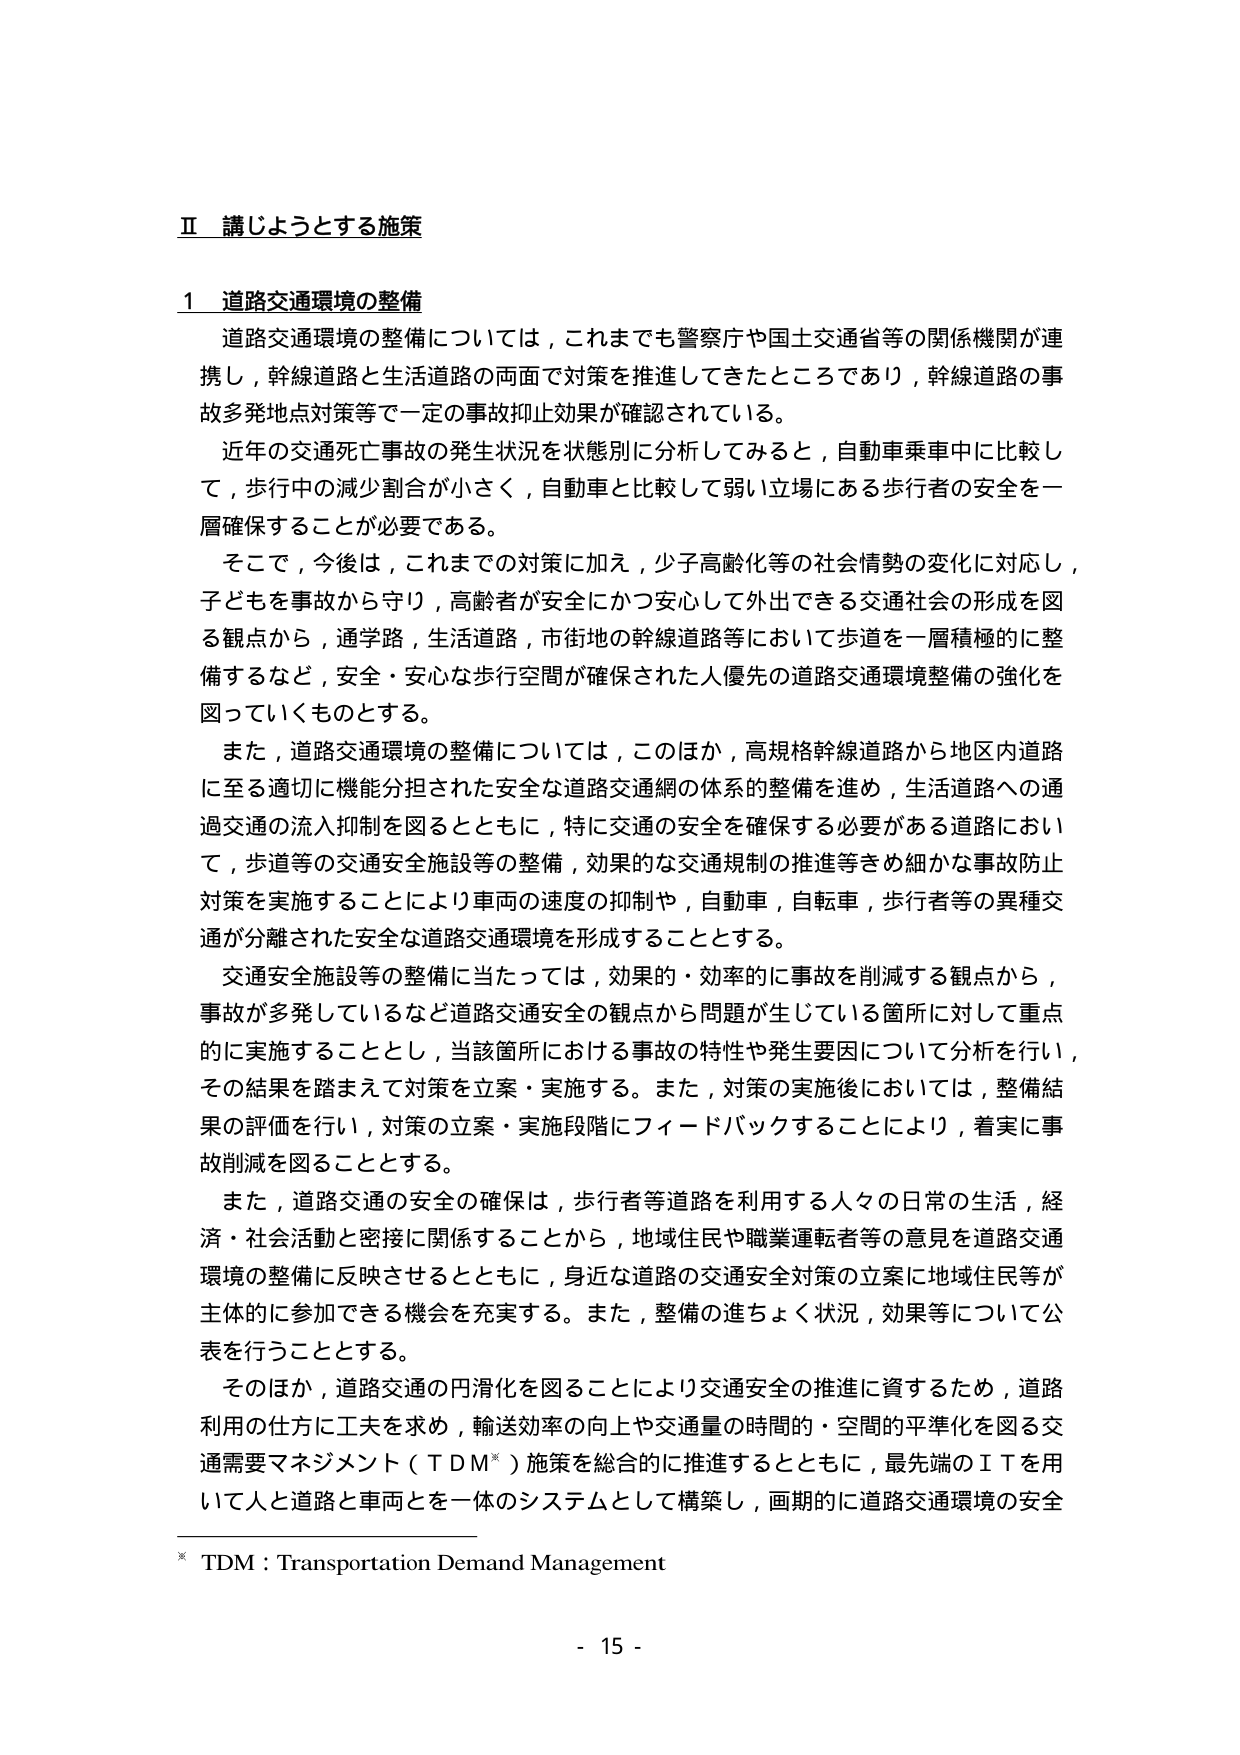
Ⅱ 講じようとする施策

1 道路交通環境の整備

道路交通環境の整備については，これまでも警察庁や国土交通省等の関係機関が連携し，幹線道路と生活道路の両面で対策を推進してきたところであり，幹線道路の事故多発地点対策等で一定の事故抑止効果が確認されている。

近年の交通死亡事故の発生状況を状態別に分析してみると，自動車乗車中に比較して，歩行中の減少割合が小さく，自動車と比較して弱い立場にある歩行者の安全を一層確保することが必要である。

そこで，今後は，これまでの対策に加え，少子高齢化等の社会情勢の変化に対応し，子どもを事故から守り，高齢者が安全にかつ安心して外出できる交通社会の形成を図る観点から，通学路，生活道路，市街地の幹線道路等において歩道を一層積極的に整備するなど，安全・安心な歩行空間が確保された人優先の道路交通環境整備の強化を図っていくものとする。

また，道路交通環境の整備については，このほか，高規格幹線道路から地区内道路に至る適切に機能分担された安全な道路交通網の体系的整備を進め，生活道路への通過交通の流入抑制を図るとともに，特に交通の安全を確保する必要がある道路において，歩道等の交通安全施設等の整備，効果的な交通規制の推進等きめ細かな事故防止対策を実施することにより車両の速度の抑制や，自動車，自転車，歩行者等の異種交通が分離された安全な道路交通環境を形成することとする。

交通安全施設等の整備に当たっては，効果的・効率的に事故を削減する観点から，事故が多発しているなど道路交通安全の観点から問題が生じている箇所に対して重点的に実施することとし，当該箇所における事故の特性や発生要因について分析を行い，その結果を踏まえて対策を立案・実施する。また，対策の実施後においては，整備結果の評価を行い，対策の立案・実施段階にフィードバックすることにより，着実に事故削減を図ることとする。

また，道路交通の安全の確保は，歩行者等道路を利用する人々の日常の生活，経済・社会活動と密接に関係することから，地域住民や職業運転者等の意見を道路交通環境の整備に反映させるとともに，身近な道路の交通安全対策の立案に地域住民等が主体的に参加できる機会を充実する。また，整備の進ちょく状況，効果等について公表を行うこととする。

そのほか，道路交通の円滑化を図ることにより交通安全の推進に資するため，道路利用の仕方に工夫を求め，輸送効率の向上や交通量の時間的・空間的平準化を図る交通需要マネジメント（TDM*）施策を総合的に推進するとともに，最先端のＩＴを用いて人と道路と車両とを一体のシステムとして構築し，画期的に道路交通環境の安全

* TDM：Transportation Demand Management

- 15 -